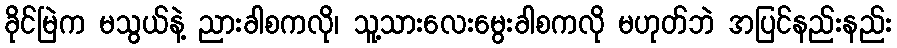
ခိုင်မြဲက မသွယ်နဲ့ ညားခါစကလို၊ သူ့သားလေးမွေးခါစကလို မဟုတ်ဘဲ အပြင်နည်းနည်း